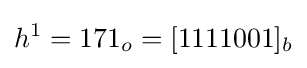
h^{1}=171_{o}=[1111001]_{b}